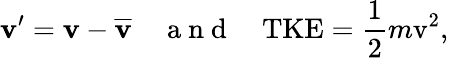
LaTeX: \textbf{{v}}^{\prime}=\textbf{{v}}-\overline{{\textbf{v}}}\quad\mathrm{~a~n~d~}\quad\mathrm{TKE}=\frac{1}{2}m\mathrm{v}^{2},